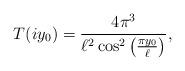
LaTeX: \begin{align*} T(iy_0) = \frac{4\pi^3}{\ell^2 \cos^2\left(\frac{\pi y_0}{\ell} \right) }, \end{align*}